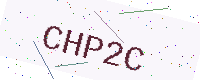
Text: CHP2C